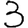
Digit: 3